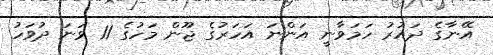
އޭނާގެ ދައުރު ހަމަވާނީ އަންނަ އަހަރުގެ ޖޫން މަހުގެ 11 ވަނަ ދުވަހު